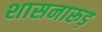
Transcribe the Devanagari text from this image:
शासनारूड़